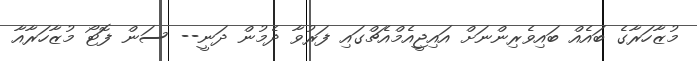
މުޒާހަރާގެ ބައެއް ބައިވެރިންނަށް އައިޖީއެމްއެޗްގައި ފަރުވާ ދެމުން ދަނީ-- ސަން ފޮޓޯ މުޒާހަރާއާ